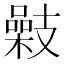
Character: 𢻥